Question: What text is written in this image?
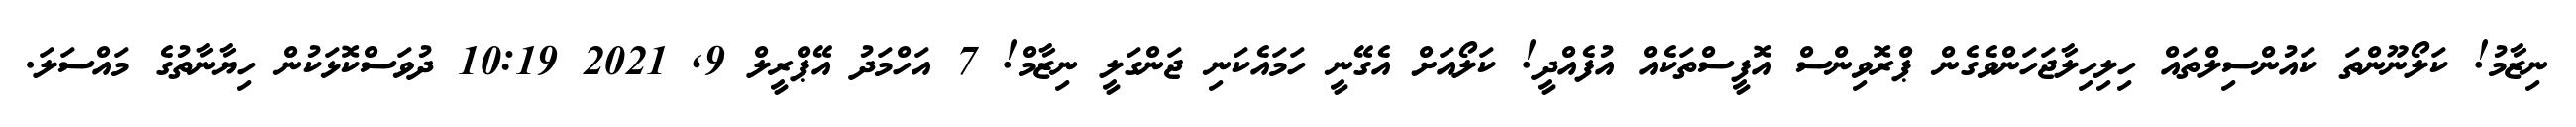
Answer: ނިޒާމު! ކަލޯނޫންތަ ކައުންސިލްތައް ހިލިހިލާޖަހަންވެގެން ޕްރޮވިންސް އޮފީސްތަކެއް އުފެއްދީ! ކަލޯއަށް އެގޭނީ ހަމައެކަނި ޖަންގަލީ ނިޒާމް! 7 އަހްމަދު އޭޕްރީލް 9, 2021 10:19 ދުވަސްކޮޅަކުން ހިޔާނާތުގެ މައްސަލަ.